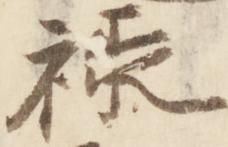
禄